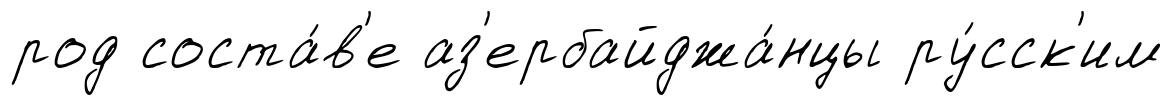
род соста́в'е аз'ербайджа́нцы ру́сск'им